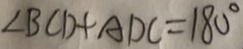
\angle B C D + A D C = 1 8 0 ^ { \circ }